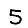
Digit: 5